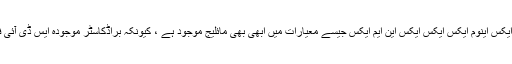
SMPTE ایس ٹی ایکس این این ایم ایکس یقینی طور پر درست طویل مدتی سمت ہے ، ایس ٹی ایکس اینوم ایکس ایکس ایکس این ایم ایکس جیسے معیارات میں ابھی بھی مائلیج موجود ہے ، کیونکہ براڈکاسٹر موجودہ ایس ڈی آئی فن تعمیرات سے مماثلت رکھتے ہیں ، "جیمز گلبرٹ ، سی ای او نے کہا۔